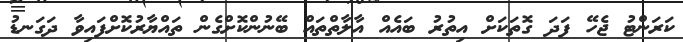
ކަރަންޓު ޖެހޭ ފަދަ ގޮތަކަށް އިތުރު ބައެއް އާލާތްތައް ބޭނުންކޮށްގެން ތައްޔާރުކޮށްފައިވާ ދަގަނޑު